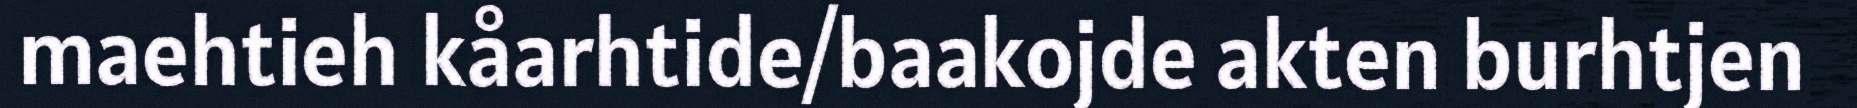
maehtieh kåarhtide/baakojde akten burhtjen